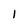
Character: 1